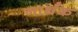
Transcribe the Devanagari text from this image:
नार्थक